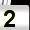
Digit: 2